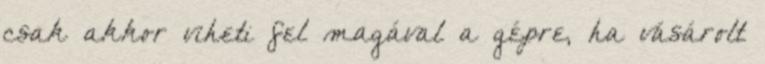
csak akkor viheti fel magával a gépre, ha vásárolt